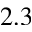
2 . 3